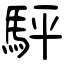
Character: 駍